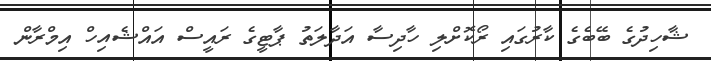
ޝާހިދުގެ ބޭބެގެ ކާރުގައި ރޯކޮށްލި ހާދިސާ އަދާލަތު ޕާޓީގެ ރައީސް އައްޝެއިހް އިމްރާން